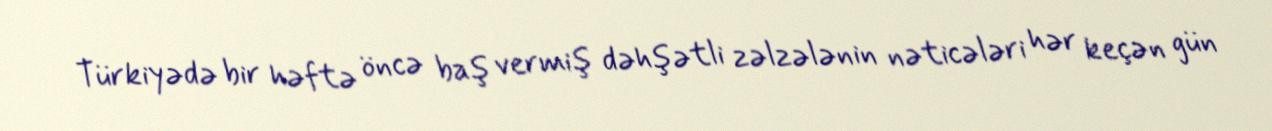
Türkiyədə bir həftə öncə baş vermiş dəhşətli zəlzələnin nəticələri hər keçən gün